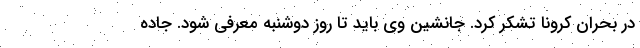
در بحران کرونا تشکر کرد. جانشین وی باید تا روز دوشنبه معرفی شود. جاده